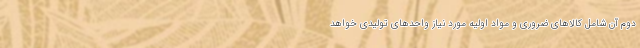
دوم آن شامل کالاهای ضروری و مواد اولیه مورد نیاز واحدهای تولیدی خواهد